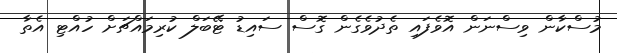
މުސްކާން ވިސްނަން އޮވެފައި ތެދުވެގެން ގޮސް ސައިޑު ޓޭބަލް ކުރިމައްޗަށް ހުއްޓި އެތާ